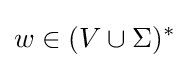
w\in (V\cup \Sigma )^{*}